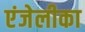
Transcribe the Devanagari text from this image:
एंजेलीका